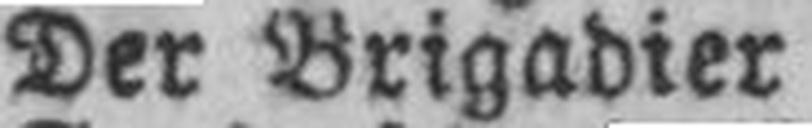
Der Brigadier